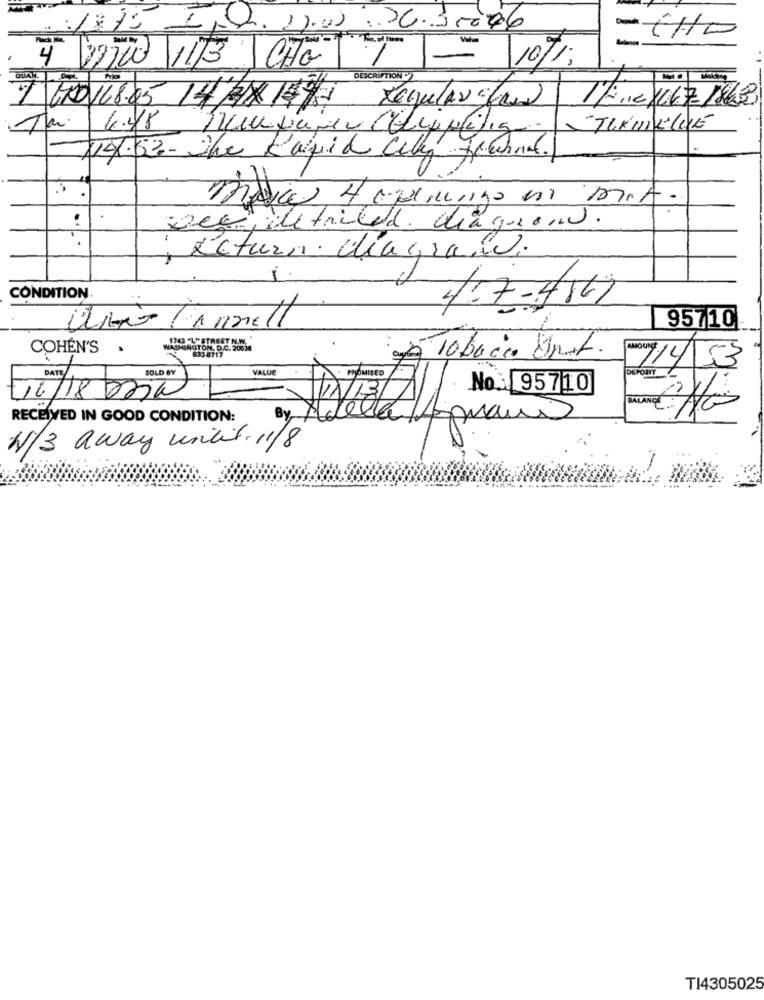
1875
I
17.00
CHO
4 27700 11/3 CHto
-
10/1;
DESCRIPTION
1/10 /16 /868
1 600/18.05 14/31× 149/
14.53- The Rapid City fewhnal.
..
Dec, detailed diaquand.
T
Return. diagraw.
CONDITION.
4-7-486
Wii Cannell
95710
1743 -L" STREET N.W.
COHEN'S
WASHINGTON, D.C. 20034
833 8717
À Tobacco Unit.
VALUE
7/4/53
DEFORTY
16/18/2254
SOLD er
No:95710
RECEIVED IN GOOD CONDITION:
By Adella Ammans
N/3 away until. 11/8
TI4305025